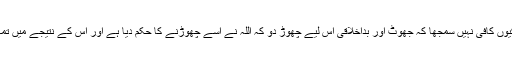
آخر قرآن نے یہ کہنا کیوں کافی نہیں سمجھا کہ جھوٹ اور بداخلاقی اس لیے چھوڑ دو کہ اللہ نے اسے چھوڑنے کا حکم دیا ہے اور اس کے نتیجے میں تمہیں جنت حاصل ہوگی۔